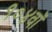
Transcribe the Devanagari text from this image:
१०४वॉ